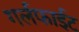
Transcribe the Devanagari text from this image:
गर्लफाईट